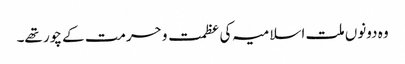
وہ دونوں ملت اسلامیہ کی عظمت و حرمت کے چور تھے۔